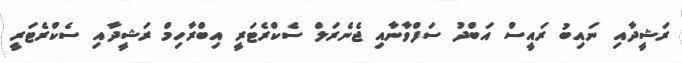
ރަޝީދާއި ނައިބު ރައީސް އަބްދު ސަފްވާނާއި ޖެނެރަލް ސެކްރެޓަރީ އިބްރާހިމް ރަޝީދާއި ސެކްރެޓަރީ